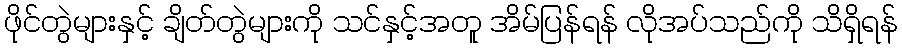
ဖိုင်တွဲများနှင့် ချိတ်တွဲများကို သင်နှင့်အတူ အိမ်ပြန်ရန် လိုအပ်သည်ကို သိရှိရန်